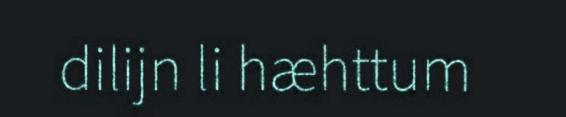
dilijn li hæhttum